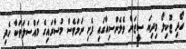
ހޯދި ޓޫކިލޯ މިދިޔަ ސީޒަން ވެލެންސިއާގައި ފެށި ނަމަވެސް މުސާރައިގެ މައްސަލަތަކާ ހެދި